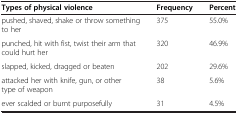
<table><thead><tr><td><b>Types of physical violence</b></td><td><b>Frequency</b></td><td><b>Percent</b></td></tr></thead><tbody><tr><td>pushed, shaved, shake or throw something to her</td><td>375</td><td>55.0%</td></tr><tr><td>punched, hit with fist, twist their arm that could hurt her</td><td>320</td><td>46.9%</td></tr><tr><td>slapped, kicked, dragged or beaten</td><td>202</td><td>29.6%</td></tr><tr><td>attacked her with knife, gun, or other type of weapon</td><td>38</td><td>5.6%</td></tr><tr><td>ever scalded or burnt purposefully</td><td>31</td><td>4.5%</td></tr></tbody></table>